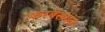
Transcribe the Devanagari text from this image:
फरबेसगंज